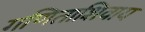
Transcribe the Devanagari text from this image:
गणिताशिवाय